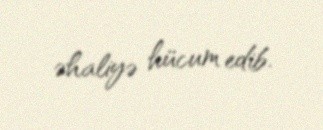
əhaliyə hücum edib.